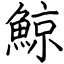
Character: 鯨